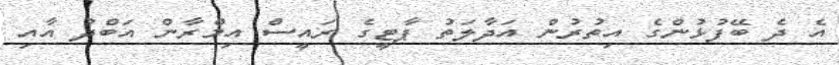
އެ ދެ ބޭފުޅުންގެ އިތުރުން އަދާލަތު ޕާޓީގެ ރައީސް އިމްރާން އަބްދު އާއި